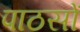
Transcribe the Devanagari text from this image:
पाठसों